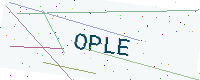
Text: OPLE